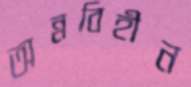
অন্নবিহীন